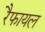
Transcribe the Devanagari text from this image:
रैफायल